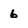
Character: 6